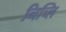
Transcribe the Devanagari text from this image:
निच्लि